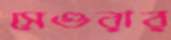
সেগুরার